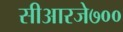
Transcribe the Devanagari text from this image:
सीआरजे७००